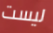
ليست